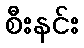
စီးနင်း